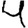
Digit: 4